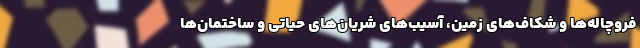
فروچاله‌ها و شکاف‌های زمین، آسیب‌های شریان‌های حیاتی و ساختمان‌ها